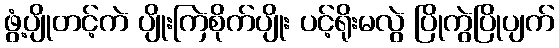
ဖွံ့ပျိုတင့်ကဲ ပျိုးကြဲစိုက်ပျိုး ပင့်ရိုးမလွဲ ပြိုကွဲပြိုပျက်